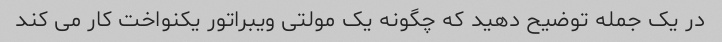
در یک جمله توضیح دهید که چگونه یک مولتی ویبراتور یکنواخت کار می کند